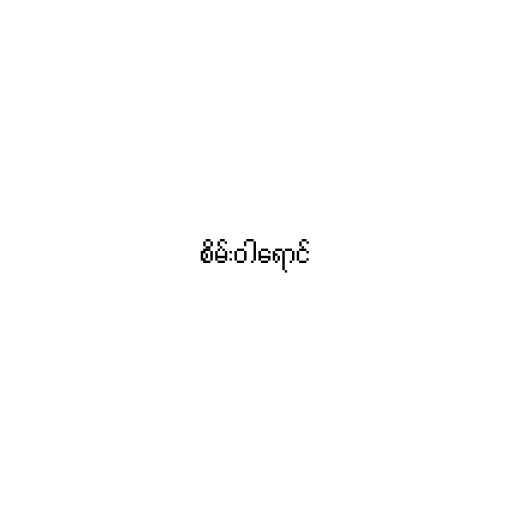
စိမ်းဝါရောင်